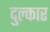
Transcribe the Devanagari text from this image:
दुल्कार